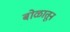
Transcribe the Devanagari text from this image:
बोळातून